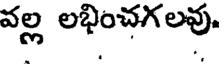
వల్ల లభించగలవు.